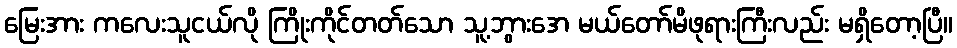
မြေးအား ကလေးသူငယ်လို ကြိုးကိုင်တတ်သော သူ့ဘွားအေ မယ်တော်မိဖုရားကြီးလည်း မရှိတော့ပြီ။